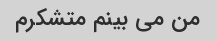
من می بینم متشکرم